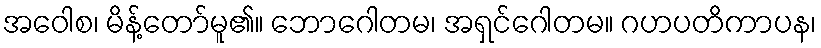
အဝေါစ၊ မိန့်တော်မူ၏။ ဘောဂေါတမ၊ အရှင်ဂေါတမ။ ဂဟပတိကာပန၊